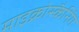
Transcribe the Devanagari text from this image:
माइक्रोस्कैनिंग